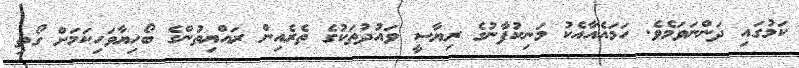
ކަަމުގައި ދަންނަވަމެވެ. ހަމައެއާއެކު މަނިކުފާނުގެ ރިޔާސީ ވައުދުތަކުގެ ތެރެއިން ރައްޔިތުންގެ ބޯހިޔާވަހިކަމަށް ގޯތި